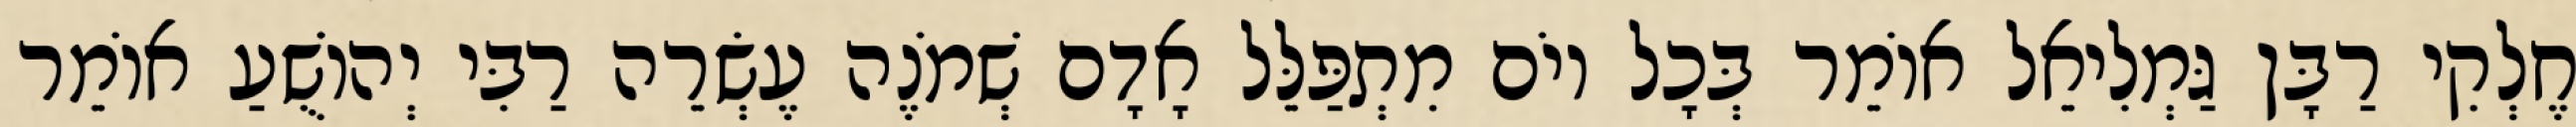
חֶלְקִי רַבָּן גַּמְלִיאֵל אוֹמֵר בְּכָל יוֹם מִתְפַּלֵּל אָדָם שְׁמֹנֶה עֶשְׂרֵה רַבִּי יְהוֹשֻׁעַ אוֹמֵר